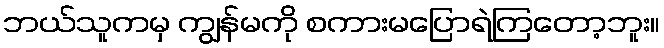
ဘယ်သူကမှ ကျွန်မကို စကားမပြောရဲကြတော့ဘူး။